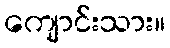
ကျောင်းသား။